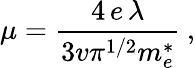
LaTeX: \mu=\frac{4\, e\, \lambda}{3v\pi^{1/2}m_{e}^{*}}\: ,